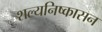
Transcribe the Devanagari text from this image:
शल्यनिष्कासन